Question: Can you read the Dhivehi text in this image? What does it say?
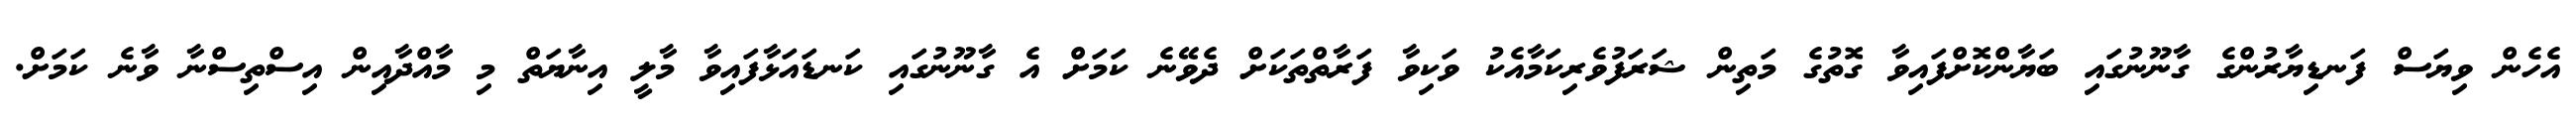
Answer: އެހެން ވިޔަސް ފަނޑިޔާރުންގެ ގާނޫނުގައި ބަޔާންކޮށްފައިވާ ގޮތުގެ މަތިން ޝަރަފުވެރިކަމާއެކު ވަކިވާ ފަރާތްތަކަށް ދެވޭނެ ކަމަށް އެ ގާނޫނުގައި ކަނޑައަޅާފައިވާ މާލީ އިނާޔަތް މި މާއްދާއިން އިސްތިސްނާ ވާނެ ކަމަށް.